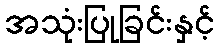
အသုံးပြုခြင်းနှင့်